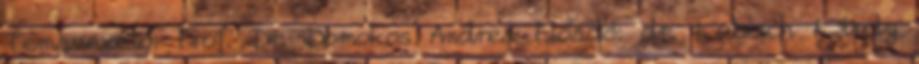
Témavezető: Prof. Dr. Domokos Andrea Előadó: dr. Kubisch Károly